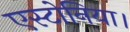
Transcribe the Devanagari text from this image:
एस्टोनिया।